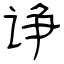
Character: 诤